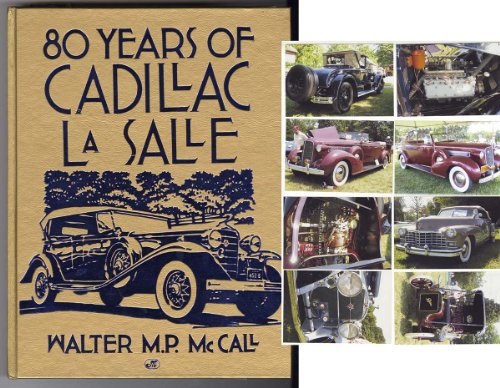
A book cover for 80 Years of Cadillac Lasalle (Crestline Series); Walter M. P. McCall; Engineering & Transportation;